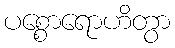
ပစ္စောရောဟိတွာ